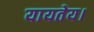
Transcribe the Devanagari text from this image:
यायतेय।